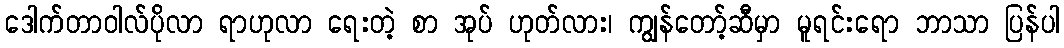
ဒေါက်တာဝါလ်ပိုလာ ရာဟုလာ ရေးတဲ့ စာ အုပ် ဟုတ်လား၊ ကျွန်တော့်ဆီမှာ မူရင်းရော ဘာသာ ပြန်ပါ